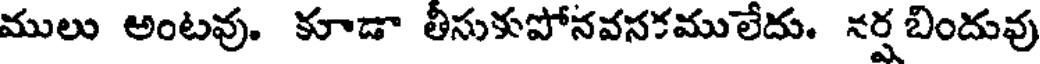
ములు అంటవు. కూడా తీసుకుపోనవసకములేదు. నర్ష బిందువు